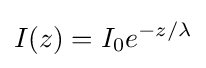
I(z)=I_{0}e^{-z/\lambda }